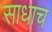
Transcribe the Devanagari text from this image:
साधाच